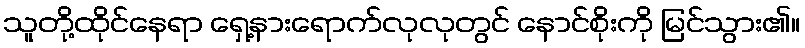
သူတို့ထိုင်နေရာ ရှေ့နားရောက်လုလုတွင် နောင်စိုးကို မြင်သွား၏။